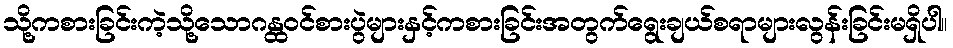
သို့ကစားခြင်းကဲ့သို့သောဂန္ထဝင်စားပွဲများနှင့်ကစားခြင်းအတွက်ရွေးချယ်စရာများလွန်းခြင်းမရှိပါ။